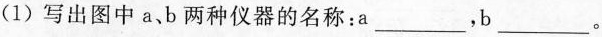
(1)写出图中a、b两种仪器的名称：a___，b___。